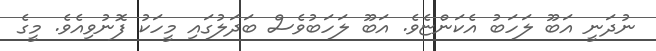
ނުދަނީ އަބޫ ލަހަބު އެކަންޏެވެ. އަބޫ ލަހަބުވެސް ބަދަލުގައި މީހަކު ފޮނުވިއެވެ. މީގެ